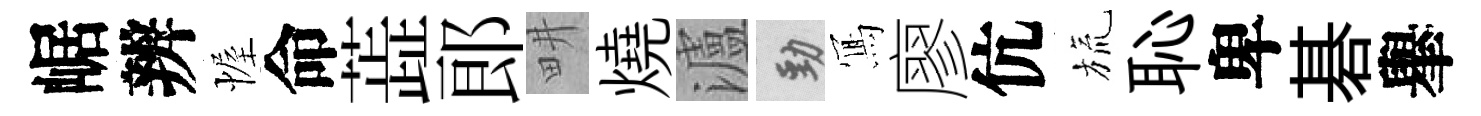
崌辨幄命蕋郎畊燒瀘勁𭂁廖伉旒恥卑碁𦦙